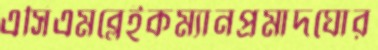
এসিএমব্লেইকম্যানপ্রমাদঘোর